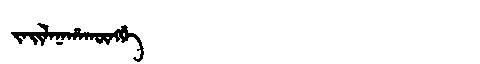
Manchu: ᠵᠠᡳᠯᠠᠨᠠᡥᠠᡴᡡᠩᡤᡝ
Romanization: JAILANAHAKŪNGGE